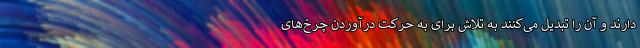
‌دارند و آن را تبدیل می‌کنند به تلاش برای به حرکت درآوردن چرخ‌های